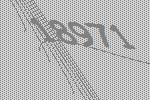
18971